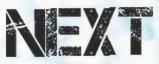
NEXT